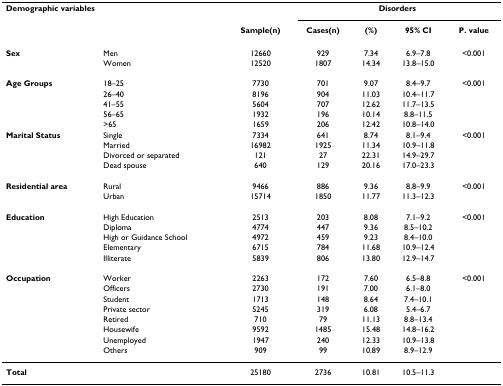
<table><thead><tr><td colspan="2"><b>Demographic variables</b></td><td>[EMPTY_CELL]</td><td colspan="4"><b>Disorders</b></td></tr><tr><td>[EMPTY_CELL]</td><td>[EMPTY_CELL]</td><td><b>Sample(n)</b></td><td><b>Cases(n)</b></td><td><b>(%)</b></td><td><b>95% CI</b></td><td><b>P. value</b></td></tr></thead><tbody><tr><td><b>Sex</b></td><td>Men</td><td>12660</td><td>929</td><td>7.34</td><td>6.9–7.8</td><td>&lt;0.001</td></tr><tr><td>[EMPTY_CELL]</td><td>Women</td><td>12520</td><td>1807</td><td>14.34</td><td>13.8–15.0</td><td>[EMPTY_CELL]</td></tr><tr><td><b>Age Groups</b></td><td>18–25</td><td>7730</td><td>701</td><td>9.07</td><td>8.4–9.7</td><td>&lt;0.001</td></tr><tr><td>[EMPTY_CELL]</td><td>26–40</td><td>8196</td><td>904</td><td>11.03</td><td>10.4–11.7</td><td>[EMPTY_CELL]</td></tr><tr><td>[EMPTY_CELL]</td><td>41–55</td><td>5604</td><td>707</td><td>12.62</td><td>11.7–13.5</td><td>[EMPTY_CELL]</td></tr><tr><td>[EMPTY_CELL]</td><td>56–65</td><td>1932</td><td>196</td><td>10.14</td><td>8.8–11.5</td><td>[EMPTY_CELL]</td></tr><tr><td>[EMPTY_CELL]</td><td>&gt;65</td><td>1659</td><td>206</td><td>12.42</td><td>10.8–14.0</td><td>[EMPTY_CELL]</td></tr><tr><td><b>Marital Status</b></td><td>Single</td><td>7334</td><td>641</td><td>8.74</td><td>8.1–9.4</td><td>&lt;0.001</td></tr><tr><td>[EMPTY_CELL]</td><td>Married</td><td>16982</td><td>1925</td><td>11.34</td><td>10.9–11.8</td><td>[EMPTY_CELL]</td></tr><tr><td>[EMPTY_CELL]</td><td>Divorced or separated</td><td>121</td><td>27</td><td>22.31</td><td>14.9–29.7</td><td>[EMPTY_CELL]</td></tr><tr><td>[EMPTY_CELL]</td><td>Dead spouse</td><td>640</td><td>129</td><td>20.16</td><td>17.0–23.3</td><td>[EMPTY_CELL]</td></tr><tr><td><b>Residential area</b></td><td>Rural</td><td>9466</td><td>886</td><td>9.36</td><td>8.8–9.9</td><td>&lt;0.001</td></tr><tr><td>[EMPTY_CELL]</td><td>Urban</td><td>15714</td><td>1850</td><td>11.77</td><td>11.3–12.3</td><td>[EMPTY_CELL]</td></tr><tr><td><b>Education</b></td><td>High Education</td><td>2513</td><td>203</td><td>8.08</td><td>7.1–9.2</td><td>&lt;0.001</td></tr><tr><td>[EMPTY_CELL]</td><td>Diploma</td><td>4774</td><td>447</td><td>9.36</td><td>8.5–10.2</td><td>[EMPTY_CELL]</td></tr><tr><td>[EMPTY_CELL]</td><td>High or Guidance School</td><td>4972</td><td>459</td><td>9.23</td><td>8.4–10.0</td><td>[EMPTY_CELL]</td></tr><tr><td>[EMPTY_CELL]</td><td>Elementary</td><td>6715</td><td>784</td><td>11.68</td><td>10.9–12.4</td><td>[EMPTY_CELL]</td></tr><tr><td>[EMPTY_CELL]</td><td>Illiterate</td><td>5839</td><td>806</td><td>13.80</td><td>12.9–14.7</td><td>[EMPTY_CELL]</td></tr><tr><td><b>Occupation</b></td><td>Worker</td><td>2263</td><td>172</td><td>7.60</td><td>6.5–8.8</td><td>&lt;0.001</td></tr><tr><td>[EMPTY_CELL]</td><td>Officers</td><td>2730</td><td>191</td><td>7.00</td><td>6.1–8.0</td><td>[EMPTY_CELL]</td></tr><tr><td>[EMPTY_CELL]</td><td>Student</td><td>1713</td><td>148</td><td>8.64</td><td>7.4–10.1</td><td>[EMPTY_CELL]</td></tr><tr><td>[EMPTY_CELL]</td><td>Private sector</td><td>5245</td><td>319</td><td>6.08</td><td>5.4–6.7</td><td>[EMPTY_CELL]</td></tr><tr><td>[EMPTY_CELL]</td><td>Retired</td><td>710</td><td>79</td><td>11.13</td><td>8.8–13.4</td><td>[EMPTY_CELL]</td></tr><tr><td>[EMPTY_CELL]</td><td>Housewife</td><td>9592</td><td>1485</td><td>15.48</td><td>14.8–16.2</td><td>[EMPTY_CELL]</td></tr><tr><td>[EMPTY_CELL]</td><td>Unemployed</td><td>1947</td><td>240</td><td>12.33</td><td>10.9–13.8</td><td>[EMPTY_CELL]</td></tr><tr><td>[EMPTY_CELL]</td><td>Others</td><td>909</td><td>99</td><td>10.89</td><td>8.9–12.9</td><td>[EMPTY_CELL]</td></tr><tr><td><b>Total</b></td><td>[EMPTY_CELL]</td><td>25180</td><td>2736</td><td>10.81</td><td>10.5–11.3</td><td>[EMPTY_CELL]</td></tr></tbody></table>